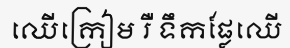
ឈើក្រៀម រឺ ទឹកផ្លែឈើ